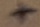
Text: +